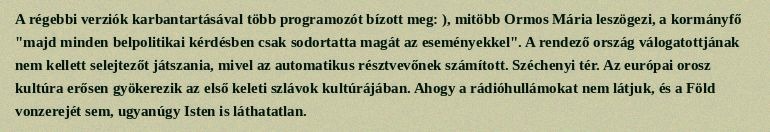
A régebbi verziók karbantartásával több programozót bízott meg: ), mitöbb Ormos Mária leszögezi, a kormányfő "majd minden belpolitikai kérdésben csak sodortatta magát az eseményekkel". A rendező ország válogatottjának nem kellett selejtezőt játszania, mivel az automatikus résztvevőnek számított. Széchenyi tér. Az európai orosz kultúra erősen gyökerezik az első keleti szlávok kultúrájában. Ahogy a rádióhullámokat nem látjuk, és a Föld vonzerejét sem, ugyanúgy Isten is láthatatlan.